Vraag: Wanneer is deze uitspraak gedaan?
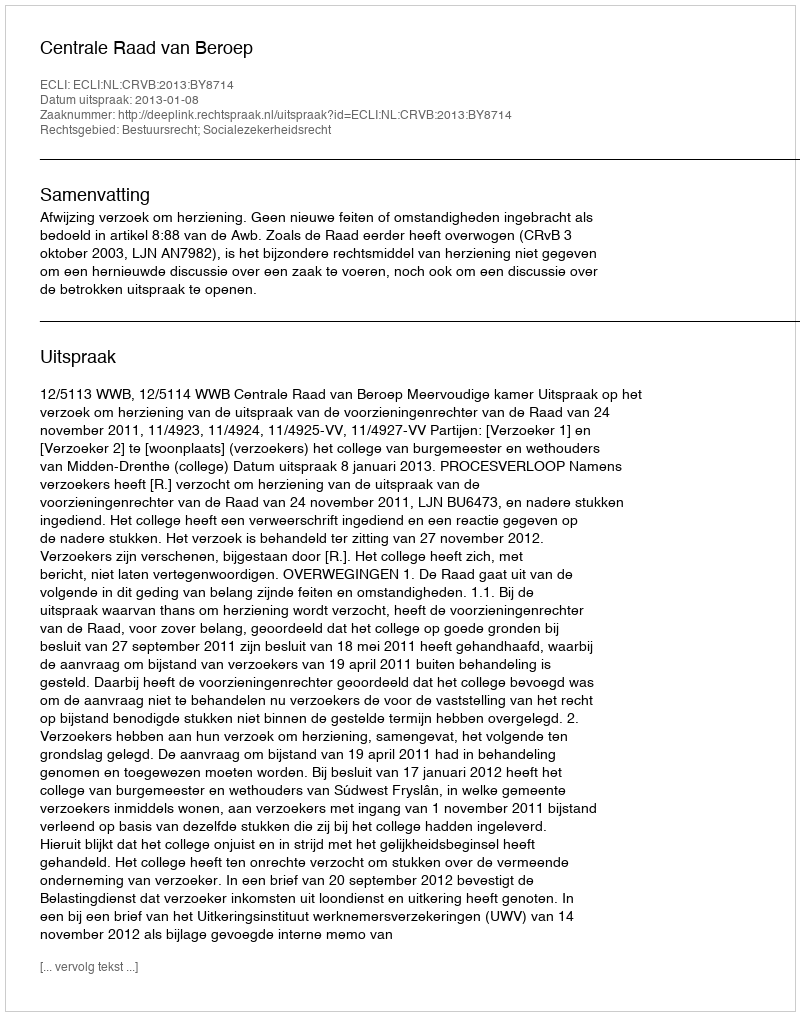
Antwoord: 2013-01-08